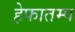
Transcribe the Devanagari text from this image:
हेफातम्प